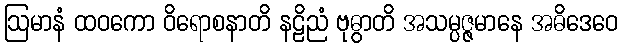
ဩမာနံ ထဝကော ဝိရောစနာတိ နဠိညံ ဗုဓွာတိ အသမ္ပဇ္ဇမာနေ အဓိဒေဝေ